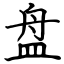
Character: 盘